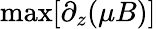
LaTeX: \operatorname*{max}[\partial_{z}(\mu B)]